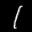
Label: 1